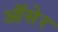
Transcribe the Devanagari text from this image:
ऑसेर